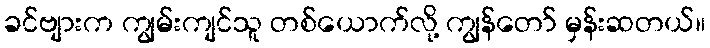
ခင်ဗျားက ကျွမ်းကျင်သူ တစ်ယောက်လို့ ကျွန်တော် မှန်းဆတယ်။